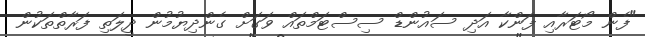
"ފެން މޯޓަރާއި ފަންކާ އަދި ސައުންޑް ސިސްޓަމްތައް ވަގަށް ގެންދިޔުމުން ދީލަތި ފަރާތްތަކުން